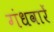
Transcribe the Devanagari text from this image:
गंधवारें